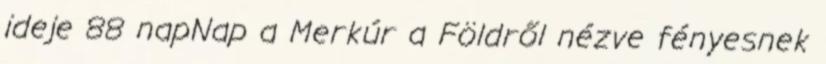
ideje 88 napNap a Merkúr a Földről nézve fényesnek